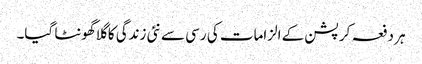
ہر دفعہ کرپشن کے الزامات کی رسی سے نئی زندگی کا گلا گھونٹا گیا۔